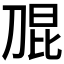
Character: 𭃫